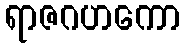
ရာဇဂဟကော